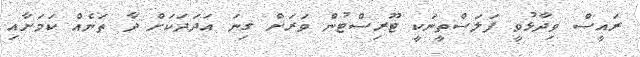
ރައީސް ވިދާޅުވީ ފަލަސްތީނަކީ ޓޫރިސްޓުން ވަރަށް ގިނަ އަދަދަކަށް ދާ ތަނެއް ކަމަށާއި